Report on the lunatic asylums under the Government of Bombay - 1904-1913
Year: 1904
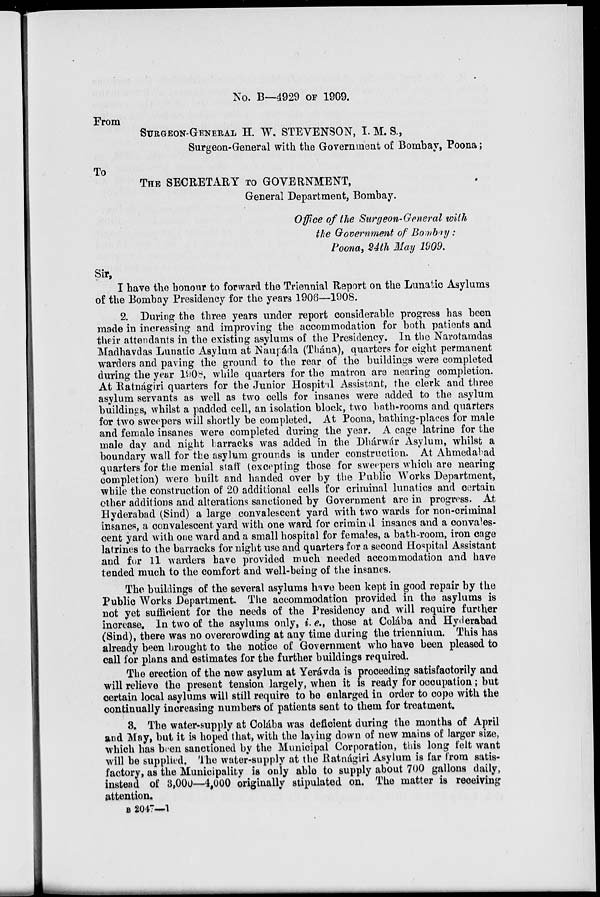
No. B—4929 OF 1909.
From
SURGEON-GENERAL H. W. STEVENSON, I. M. S.,
Surgeon-General with the Government of Bombay, Poona ;
To
THE SECRETARY TO GOVERNMENT,
General Department, Bombay.
Office of the Surgeon-General with
the Government of Bombay :
Poona, 24th May 1909.
Sir,
I have the honour to forward the Triennial Report on the Lunatic Asylums
of the Bombay Presidency for the years 1906—1908.
2. During the three years under report considerable progress has been
made in increasing and improving the accommodation for both patients and
their attendants in the existing asylums of the Presidency. In the Narotamdas
Madhavdas Lunatic Asylum at Naupáda (Thána), quarters for eight permanent
warders and paving the ground to the rear of the buildings were completed
during the year 1908, while quarters for the matron are nearing completion.
At Ratnágiri quarters for the Junior Hospital Assistant, the clerk and three
asylum servants as well as two cells for insanes were added to the asylum
buildings, whilst a padded cell, an isolation block, two bath-rooms and quarters
for two sweepers will shortly be completed. At Poona, bathing-places for male
and female insanes were completed during the year. A cage latrine for the
male day and night barracks was added in the Dhárwár Asylum, whilst a
boundary wall for the asylum grounds is under construction. At Ahmedabad
quarters for the menial staff (excepting those for sweepers which are nearing
completion) were built and handed over by the Public Works Department,
while the construction of 20 additional cells for criminal lunatics and certain
other additions and alterations sanctioned by Government are in progress. At
Hyderabad (Sind) a large convalescent yard with two wards for non-criminal
insanes, a convalescent yard with one ward for criminal insanes and a convales-
cent yard with one ward and a small hospital for females, a bath-room, iron cage
latrines to the barracks for night use and quarters for a second Hospital Assistant
and for 11 warders have provided much needed accommodation and have
tended much to the comfort and well-being of the insanes.
The buildings of the several asylums have been kept in good repair by the
Public Works Department. The accommodation provided in the asylums is
not yet sufficient for the needs of the Presidency and will require further
increase. In two of the asylums only, i. e., those at Colába and Hyderabad
(Sind), there was no overcrowding at any time during the triennium. This has
already been brought to the notice of Government who have been pleased to
call for plans and estimates for the further buildings required.
The erection of the new asylum at Yerávda is proceeding satisfactorily and
will relieve the present tension largely, when it is ready for occupation ; but
certain local asylums will still require to be enlarged in order to cope with the
continually increasing numbers of patients sent to them for treatment.
3. The water-supply at Colába was deficient during the months of April
and May, but it is hoped that, with the laying down of new mains of larger size,
which has been sanctioned by the Municipal Corporation, this long felt want
will be supplied. The water-supply at the Ratnágiri Asylum is far from satis-
factory, as the Municipality is only able to supply about 700 gallons daily,
instead of 3,000—4,000 originally stipulated on. The matter is receiving
attention.
B 2047—1